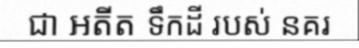
ជា អតីត ទឹកដី របស់ នគរ